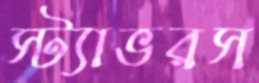
স্ট্যাভরস